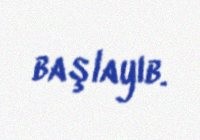
başlayıb.